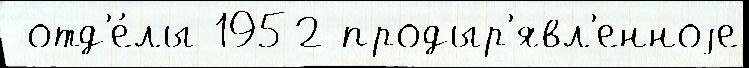
 отд'е́лы 1952 продыр'явл'енноjе